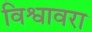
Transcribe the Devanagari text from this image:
विश्वावरा